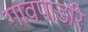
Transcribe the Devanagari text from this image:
गावपाडरि